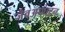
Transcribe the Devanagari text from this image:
जैवअपघटन